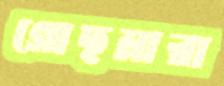
গোছমারা